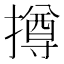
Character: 撙